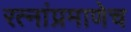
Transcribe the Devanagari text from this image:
रत्‍नांप्रमाणेच